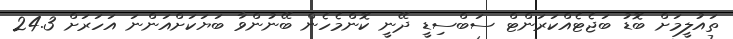
ތައުލީމަށް ބޮޑު ބަޖެޓެއްކަރަންޓް ސަބްސިޑީ ދޭނީ ކޮންމެހެން ބޭނުންވާ ބަޔަކަށްއަންނަ އަހަރަށް 24.3